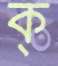
ক্